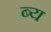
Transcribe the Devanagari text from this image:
ब्य